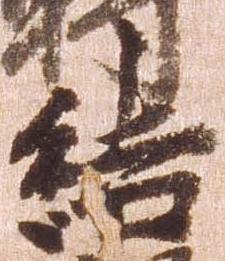
結